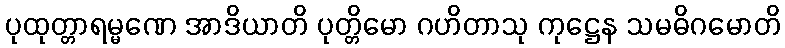
ပုထုတ္တာရမ္မဏေ အာဒိယာတိ ပုတ္တိမော ဂဟိတာသု ကုဋ္ဌေန သမဓိဂမောတိ